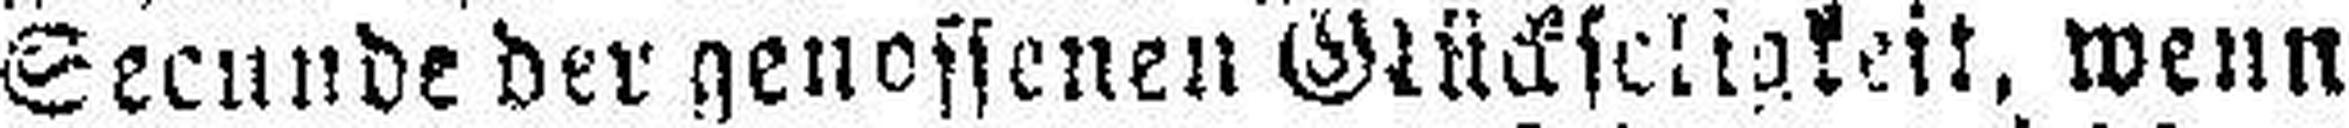
Secunde der genossenen Glückseligkeit, wenn